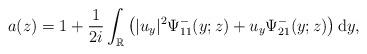
LaTeX: \begin{align*}a(z)=1+\frac{1}{2i} \int_{\mathbb{R}}\left(|u_y|^2 \Psi^-_{11}(y;z)+u_y \Psi^-_{21}(y;z)\right) \mathrm{d}y,\end{align*}